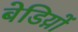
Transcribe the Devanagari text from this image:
बेडिय़ों